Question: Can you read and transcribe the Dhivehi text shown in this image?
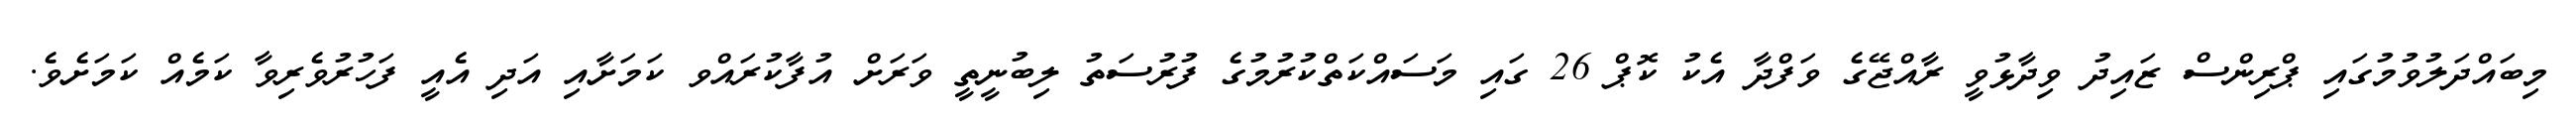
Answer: މިބައްދަލުވުމުގައި ޕްރިންސް ޒައިދު ވިދާޅުވީ ރާއްޖޭގެ ވަފްދާ އެކު ކޮޕް 26 ގައި މަސައްކަތްކުރުމުގެ ފުރުސަތު ލިބުނީތީ ވަރަށް އުފާކުރައްވ ކަމަށާއި އަދި އެއީ ފަހުރުވެރިވާ ކަމެއް ކަމަށެވެ.